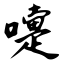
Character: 嚏